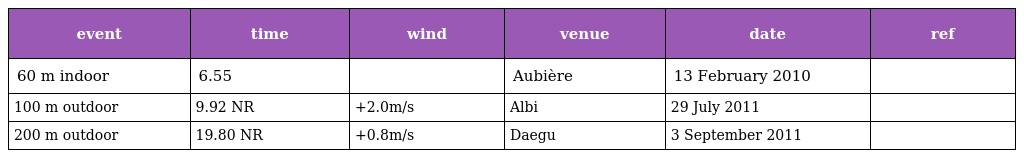
| event | time | wind | venue | date | ref |
 | --- | --- | --- | --- | --- | --- |
 | 60 m indoor | 6.55 |  | Aubière | 13 February 2010 |  |
 | 100 m outdoor | 9.92 NR | +2.0m/s | Albi | 29 July 2011 |  |
 | 200 m outdoor | 19.80 NR | +0.8m/s | Daegu | 3 September 2011 |  |